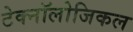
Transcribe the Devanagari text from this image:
टेक्नॉलोजिकल